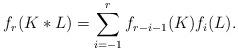
LaTeX: \begin{align*}f_r(K \ast L) = \sum_{i=-1}^{r} f_{r-i-1}(K)f_i(L).\end{align*}